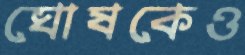
ঘোষকেও